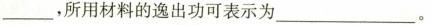
___，所用材料的逸出功可表示为___。